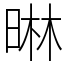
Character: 晽